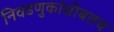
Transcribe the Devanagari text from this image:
निवडणुकांसोबतच